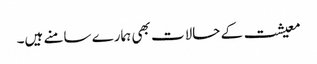
معیشت کے حالات بھی ہمارے سامنے ہیں۔